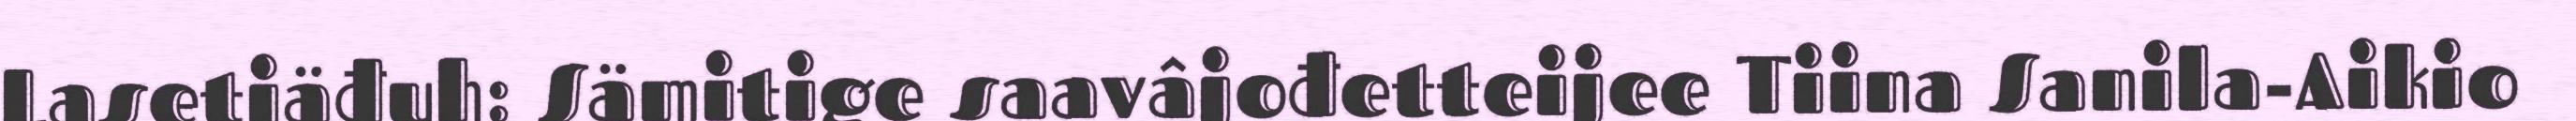
Lasetiäđuh: Sämitige saavâjođetteijee Tiina Sanila-Aikio